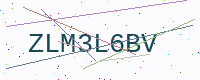
Text: ZLM3L6BV